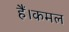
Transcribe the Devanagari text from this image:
हैं।कमल